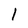
Character: 1